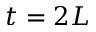
t = 2 L